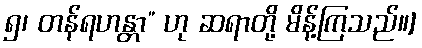
၅၊ တန်ရဟန္တာ” ဟု ဆရာတို့ မိန့်ကြသည်။]